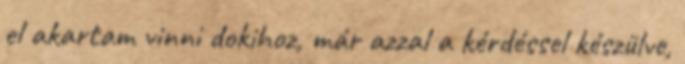
el akartam vinni dokihoz, már azzal a kérdéssel készülve,